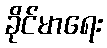
ခိုင်မာရေး